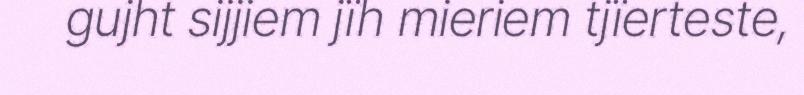
gujht sijjiem jïh mieriem tjïerteste,